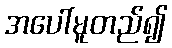
အပေါ်မူတည်၍